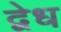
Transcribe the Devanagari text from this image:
द्वेध